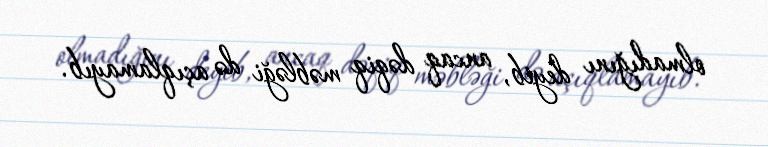
olmadığını deyib, ancaq dəqiq məbləği də açıqlamayıb.